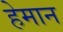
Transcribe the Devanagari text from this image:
हेमान